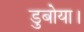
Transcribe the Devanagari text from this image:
डुबोया।